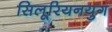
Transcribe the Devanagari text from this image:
सिलूरियनयुग